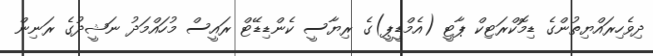
ދިވެހިރައްޔިތުންގެ ޑިމޮކްރަޓިކް ޕާޓީ (އެމްޑީޕީ)ގެ ރިޔާސީ ކެންޑިޑޭޓް ރައީސް މުހައްމަދު ނަޝީދުގެ ރަނިން